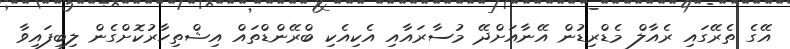
އޭގެ ތެރޭގައި ރެއާލް މެޑްރިޑުން އޭނާއަށްދޭ މުސާރައާއި އެކިއެކި ބްރޭންޑްތައް އިޝްތިހާރުކޮށްގެން ލިބިފައިވާ